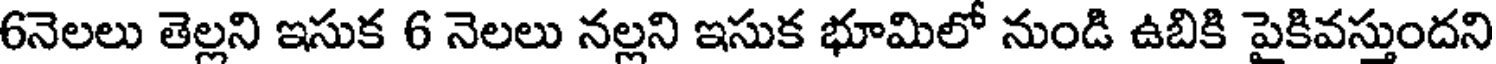
6నెలలు తెల్లని ఇసుక 6 నెలలు నల్లని ఇసుక భూమిలో నుండి ఉబికి పైకివస్తుందని